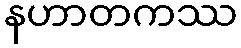
နဟာတကဿ